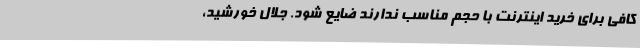
کافی برای خرید اینترنت با حجم مناسب ندارند ضایع شود. جلال خورشید،